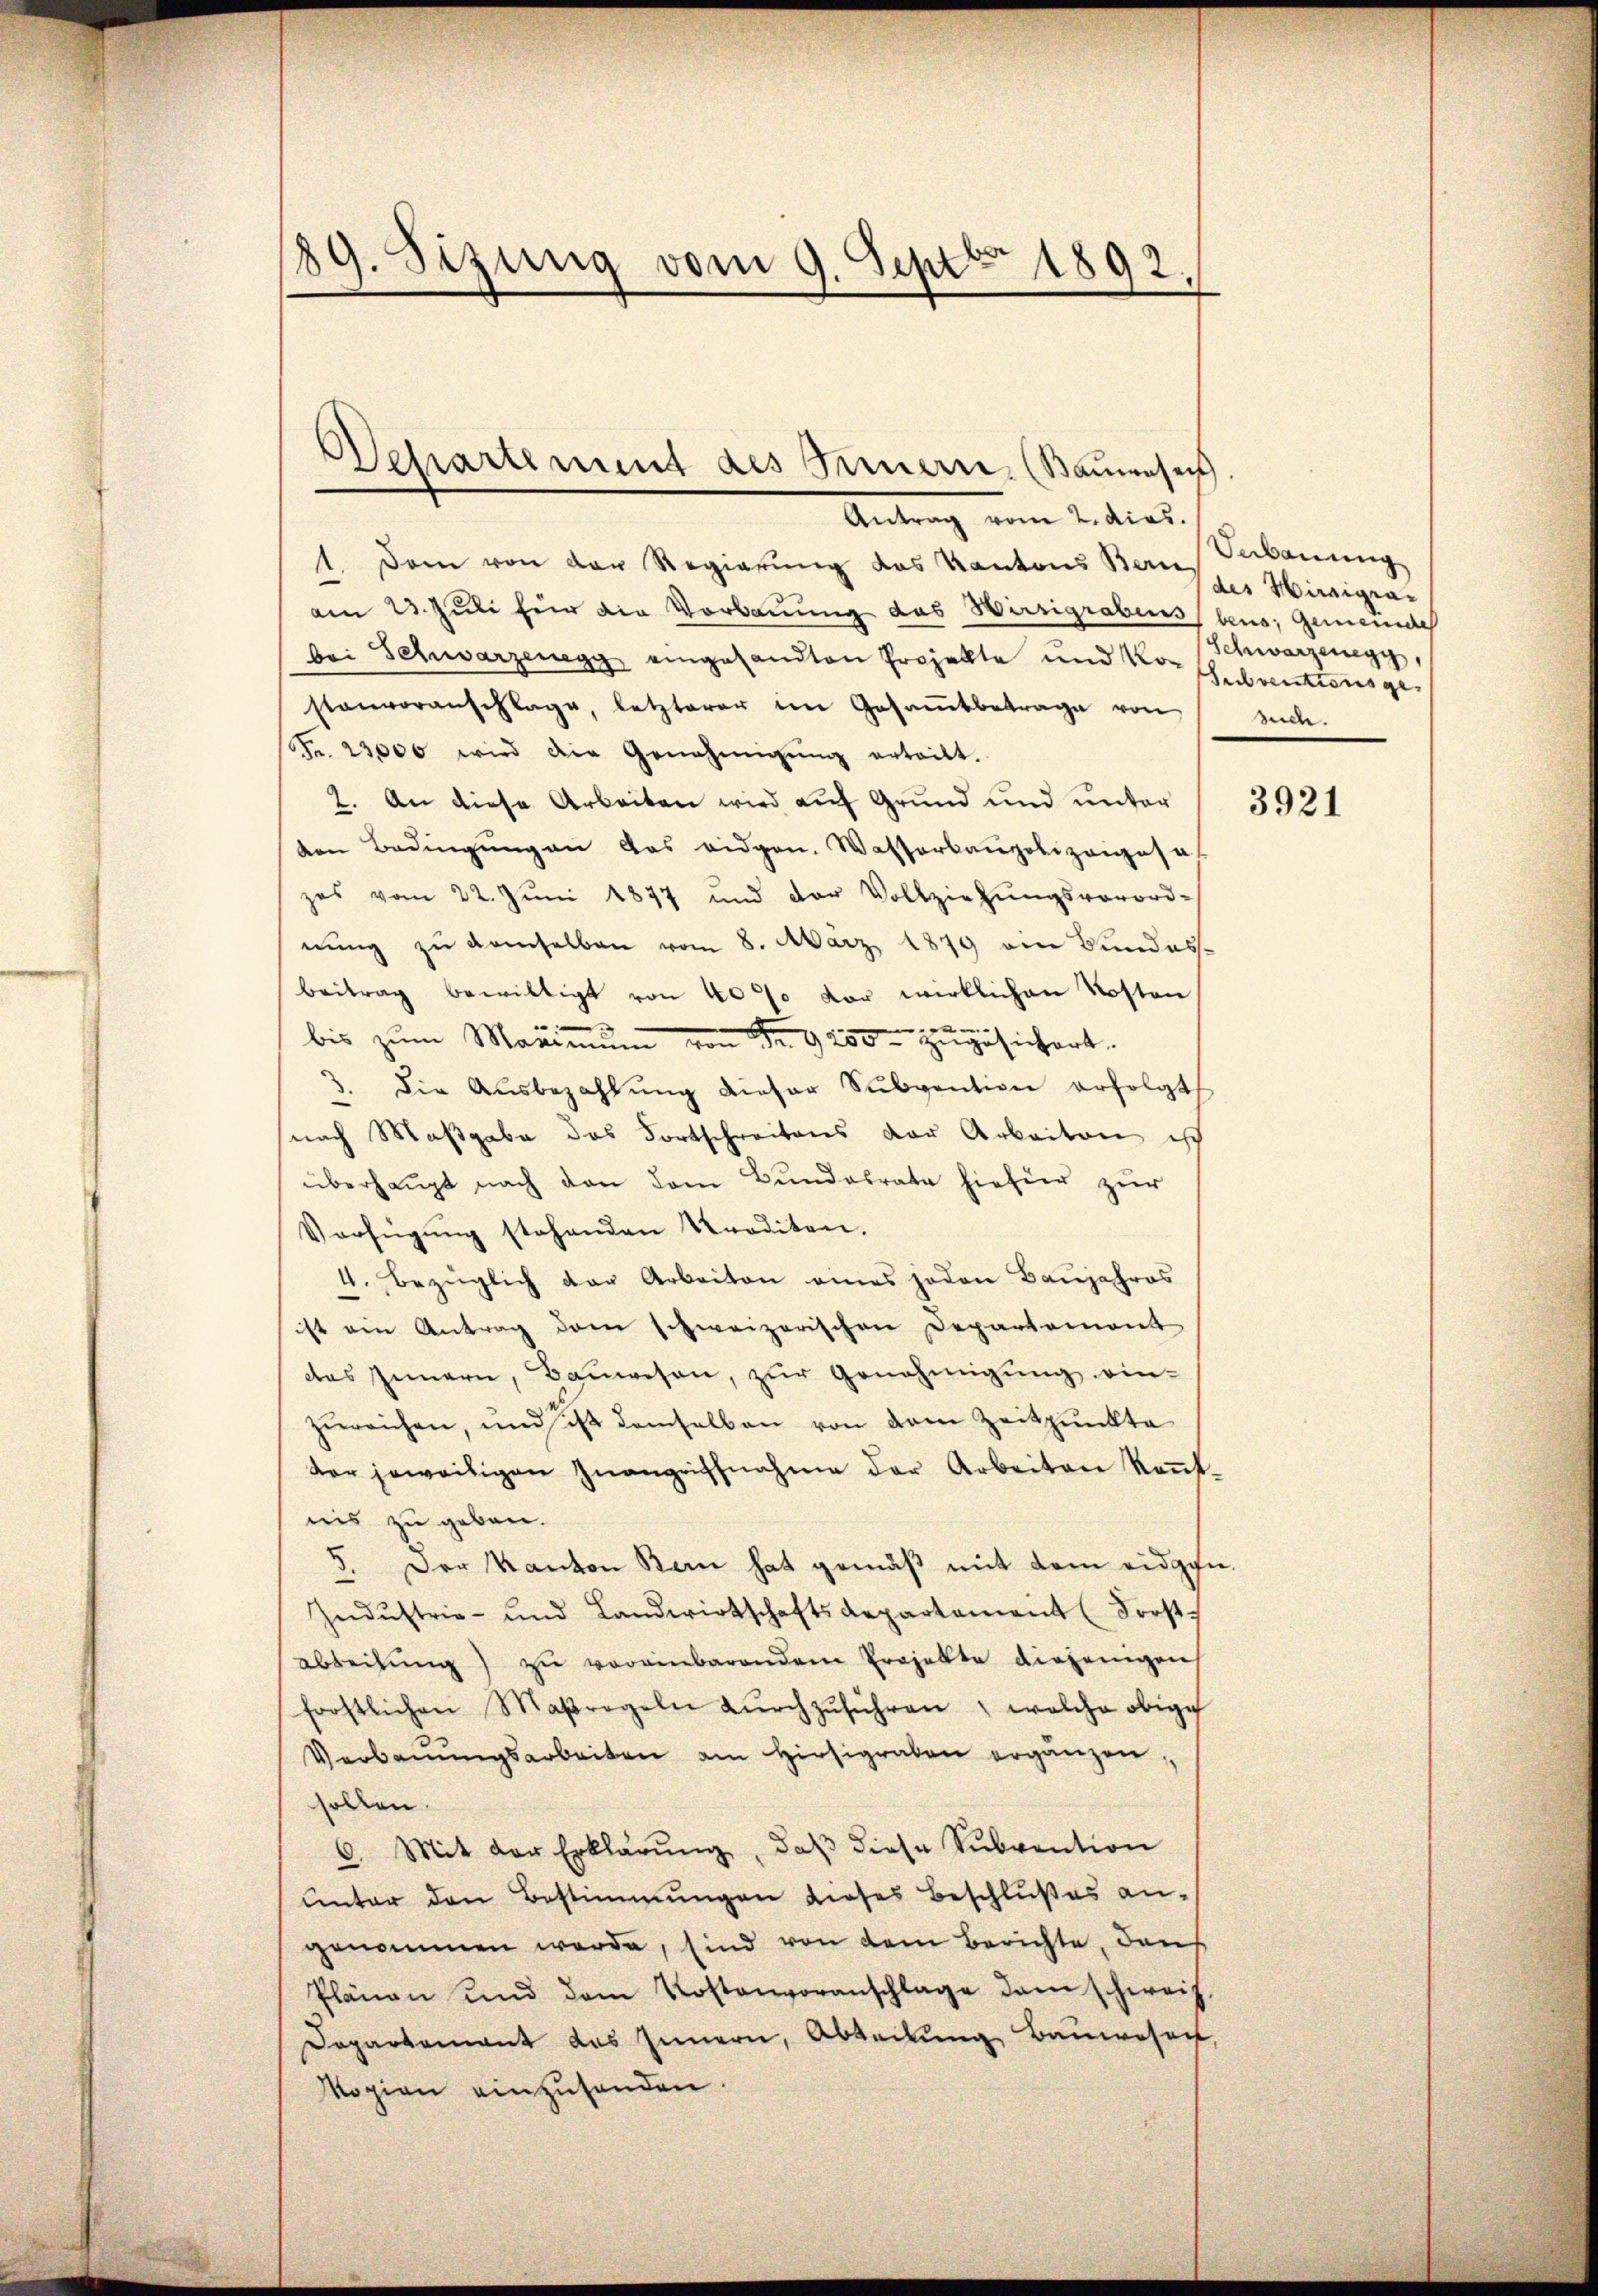
89. Sizung vom 9. Septbr. 1892.

Antrag vom 2. dies
1. Dann von der Regierung des Kantons Ban
am 23. Juli für die Vorbauung das Wirsigrabens, beus, Gemeinde
bei Schwarzenegg eingesandten Projekte und Kor (Schwarzenegg,
sanvoranschlage, letzterer im Gesamtbetrage von
Fr. 23000 wird die Genehmigŭng erteilt.
2. An diese Arbeiten wird auf Grund und unter
von Bedingŭng an das eidgen. Wasserbaupolizeigeset
zes vom 22. Jŭni 1877 und der Vollziehŭngsverord-
nŭng zu demselben vom 8. März 1879 am Bundes-
Beitrag bewilligt von 40% vor wirklichen Kosten
bis zum Maximum von Fr. 9250 zugesichert.
3. Die Aŭsbezahlŭng dieser Subvention erfolgt
(nach Maßgabe des Fortschreitens der Arbeiten isch
überhaupt nach den dem Bundesrate hiefür zur
Verfügŭng stehenden Krediten.
4. Bezüglich der Arbeiten eines jeden Baŭjahres
ist ein Antrag dem schweizerischen Departement
des Innern, Bauwesen, zur Genehmigung ein-
zureichen, und ist demselben von dem Zeitpunkte
der jeweitigen Inangriffnahme der Arbeiten kaṅt-
nis zu geben.
x
Der Kanton Bern hat gemäß mit dem eidgen.
Indŭstrie- und Landwirtschaftsdepartement (Forst-
abteilŭng zŭ vereinbarendem Projekte diejenigen
frostlichen Maßregeln durchzuführen, welche obige
Verbauungsarbeiten am Hinsigraben ergänzen
sollen.
C. Mit der Erklärŭng, daβ diese Sŭbvention
unter den Bestimmungen dieses Beschlußes an-
genommen werde, sind von dem Berichte, dans
Plänen und dem Kostenvoranschlage dem schweiz.
Dopartement des Innern, Abteilung Bauwesen,
Mogien einzusenden.

Wehartement des Fernern, (Baumenseit

Vebauung
des Hiraigra¬
Subventionsges
such.

3921